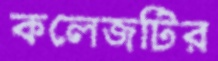
কলেজটির